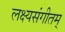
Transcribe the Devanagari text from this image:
लक्ष्यसंगीतम्‌